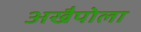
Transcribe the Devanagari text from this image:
अखैपोला